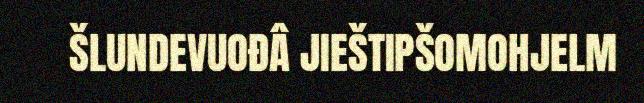
ŠLUNDEVUOĐÂ JIEŠTIPŠOMOHJELM